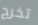
تخرج